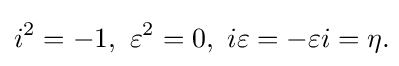
i^{2}=-1,\ \varepsilon ^{2}=0,\ i\varepsilon =-\varepsilon i=\eta .\!